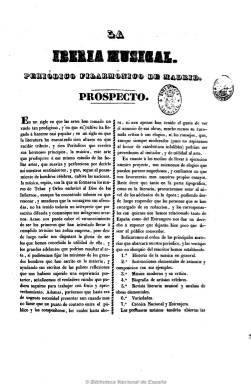
Título: La Iberia musical
Colección: Música || Cultura
Ámbito geográfico: Madrid
Lugar de publicación: Madrid
Fechas: 01/01/1842-28/08/1842

Primer periódico musical español, según Hartzenbusch, que comienza a publicarse el dos de enero de 1842. Subtitulado “periódico filarmónico de Madrid: diario [después, semanario] de los artistas, de las sociedades y de los teatros” y dirigido por una Sociedad de Profesores, en realidad su propietario, director y principal redactor es el compositor Joaquín Espín y Guillén (1812-1881), que recibió apoyo para su publicación de la Academia Filarmónica Matritense, de la que era presidente.

Apareció semanalmente los domingos, en números, generalmente de cuatro páginas y a dos columnas, estampados en el Establecimiento Tipográfico de la calle del Sordo. Contiene artículos de historia y crítica musical y crónicas del mismo carácter tanto nacionales como extranjeras, contando con algunos corresponsales en algunas provincias y en alguna capital europea. Crónicas sobre las actividades musicales en el Teatro de la Cruz y Teatro Circo madrileños, convirtiéndose en órgano de la ópera española. También inserta biografías de compositores y músicos españoles e italianos, una sección de variedades, algunos artículos de creación literaria y anuncios al final de la cuarta plana. También ofrece por separado cada mes, a modo de suplemento, dos partituras musicales de profesores distinguidos españoles y extranjeros, y retratos litografiados de artistas célebres.

Entre sus principales redactores están Mariano Soriano Fuentes, que también pudo ser su cofundador, así como Indalecio Soriano Fuertes, Gregorio Romero Larrañaga, José de Guijalba, Miguel Agustín Príncipe, Bretón de los Herreros, Hartzenbusch y Carolina Coronado, entre otros. Algunos textos van firmados con iniciales o seudónimos.

Edita 35 números, hasta el 28 de agosto de 1842, y en septiembre de este año aparece en su lugar La iberia musical y literaria, con nueva numeración pero manteniendo el formato y la plantilla de redactores. Reaparecerá con su título original desde abril a septiembre de 1846, y a partir de aquí continuará con el título Gaceta de teatros.